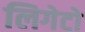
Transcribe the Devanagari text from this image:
लिगेटो